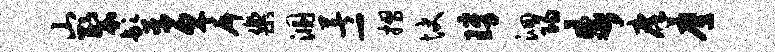
山裂髫亘戽乐溷著-摺快璋洄阳步庠鹰